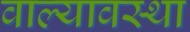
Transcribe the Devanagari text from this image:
वाल्यावस्था